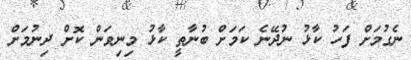
ނެގުމަށް ފަހު ކާޅު ނުދޭނެ ކަމަށް ބުނާތީ ކާޅު މިނިވަން ކޮށް ދިނުމަށް